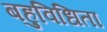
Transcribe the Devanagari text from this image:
बहुविधिता